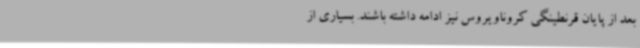
بعد از پایان قرنطینگی کروناویروس نیز ادامه داشته باشند. بسیاری از